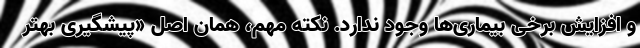
و افزایش برخی بیماری‌ها وجود ندارد. نکته مهم، همان اصل «پیشگیری بهتر